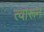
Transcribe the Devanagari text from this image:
त्वारून